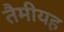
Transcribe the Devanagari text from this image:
तैमीयह